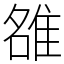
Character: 𨿅